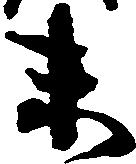
末